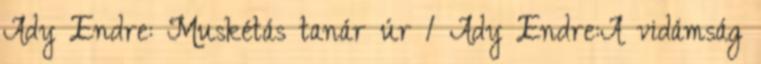
Ady Endre: Muskétás tanár úr 1 Ady Endre:A vidámság